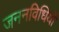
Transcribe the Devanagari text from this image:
जननविधियों